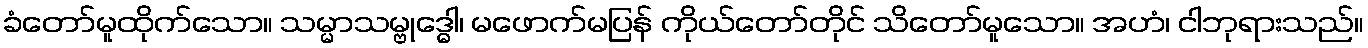
ခံတော်မူထိုက်သော။ သမ္မာသမ္ဗုဒ္ဓေါ၊ မဖောက်မပြန် ကိုယ်တော်တိုင် သိတော်မူသော။ အဟံ၊ ငါဘုရားသည်။